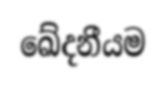
ඛේදනීයම